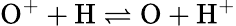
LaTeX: \mathrm{O}^{+}+\mathrm{H}\rightleftharpoons\mathrm{O}+\mathrm{H}^{+}